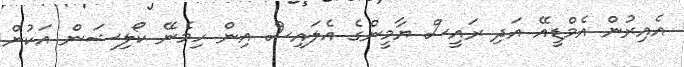
އެއިރުން އެމްޑީއޭ އަދި ރައީސް ޔާމީންގެ އެލައިސް އިން ހިމެނޭ ކޯލިޝަން އަކުން